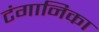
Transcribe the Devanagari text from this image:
टंगानिका